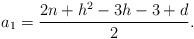
LaTeX: \begin{align*}a_1 = \frac{2n+h^2-3h-3+d}{2}.\end{align*}